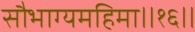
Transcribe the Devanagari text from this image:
सौभाग्यमहिमा॥१६॥